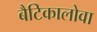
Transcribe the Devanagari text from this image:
बैटिकालोवा